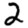
Digit: 2